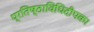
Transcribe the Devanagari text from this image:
प्रतिष्ठाविधिदीपक।